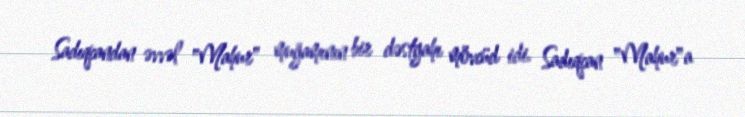
Sadıqcandan əvvəl "Mahur" muğamının bir dəstgahı mövcüd idi. Sadıqcan "Mahur"a